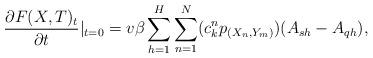
LaTeX: \begin{align*} \frac{\partial F(X,T)_t}{\partial t}|_{t=0}= v \beta \sum_{h=1}^{H} \sum_{n=1}^{N} (c_k^n p_{(X_n,Y_m)}) (A_{sh}-A_{qh}),\end{align*}